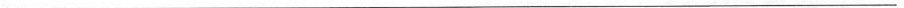
___